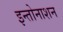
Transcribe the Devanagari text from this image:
इन्तोनाशन